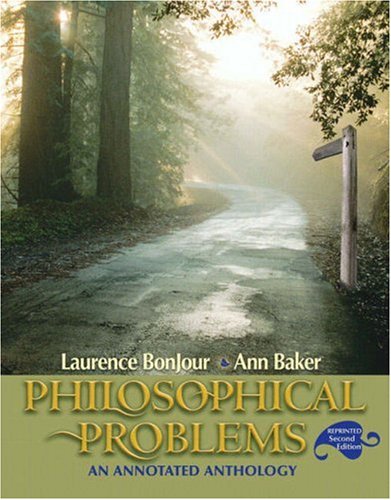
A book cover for Philosophical Problems: An Annotated Anthology, Reprint (2nd Edition); Laurence BonJour; Politics & Social Sciences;